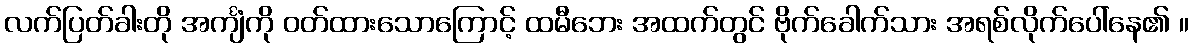
လက်ပြတ်ခါးတို အင်္ကျံကို ဝတ်ထားသောကြောင့် ထမီဘေး အထက်တွင် ဗိုက်ခေါက်သား အရစ်လိုက်ပေါ်နေ၏ ။